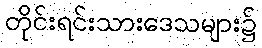
တိုင်းရင်းသားဒေသများ၌